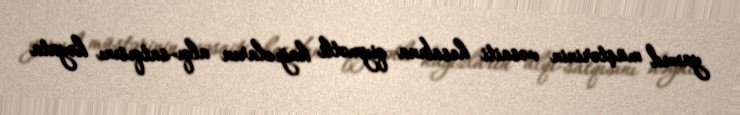
yaxud müştərinin vəsaiti hesabına qiymətli kağızların alqı-satqısını həyata